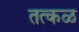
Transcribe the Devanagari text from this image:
तत्कळ